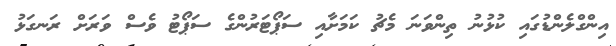
އިންގްލެންޑުގައި ކުޅުނު ތިންވަނަ މެޗު ކަމަށާއި ސަޕޯޓަރުންގެ ސަޕޯޓު ވެސް ވަރަށް ރަނގަޅު